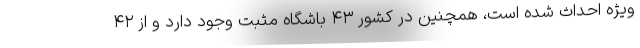
ویژه احداث شده است، همچنین در کشور ۴۳ باشگاه مثبت وجود دارد و از ۴۲